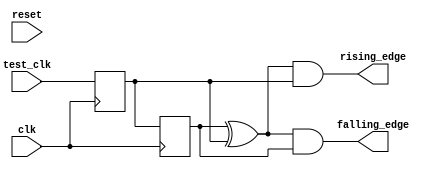
module altera_up_clock_edge (
	clk,
	reset,
	test_clk,
	rising_edge,
	falling_edge
);
input					clk;
input					reset;
input					test_clk;
output				rising_edge;
output				falling_edge;
wire					found_edge;
reg					cur_test_clk;
reg					last_test_clk;
always @(posedge clk)
	cur_test_clk	<= test_clk;
always @(posedge clk)
	last_test_clk	<= cur_test_clk;
assign rising_edge	= found_edge & cur_test_clk;
assign falling_edge	= found_edge & last_test_clk;
assign found_edge	= last_test_clk ^ cur_test_clk;
endmodule